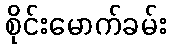
စိုင်းမောက်ခမ်း